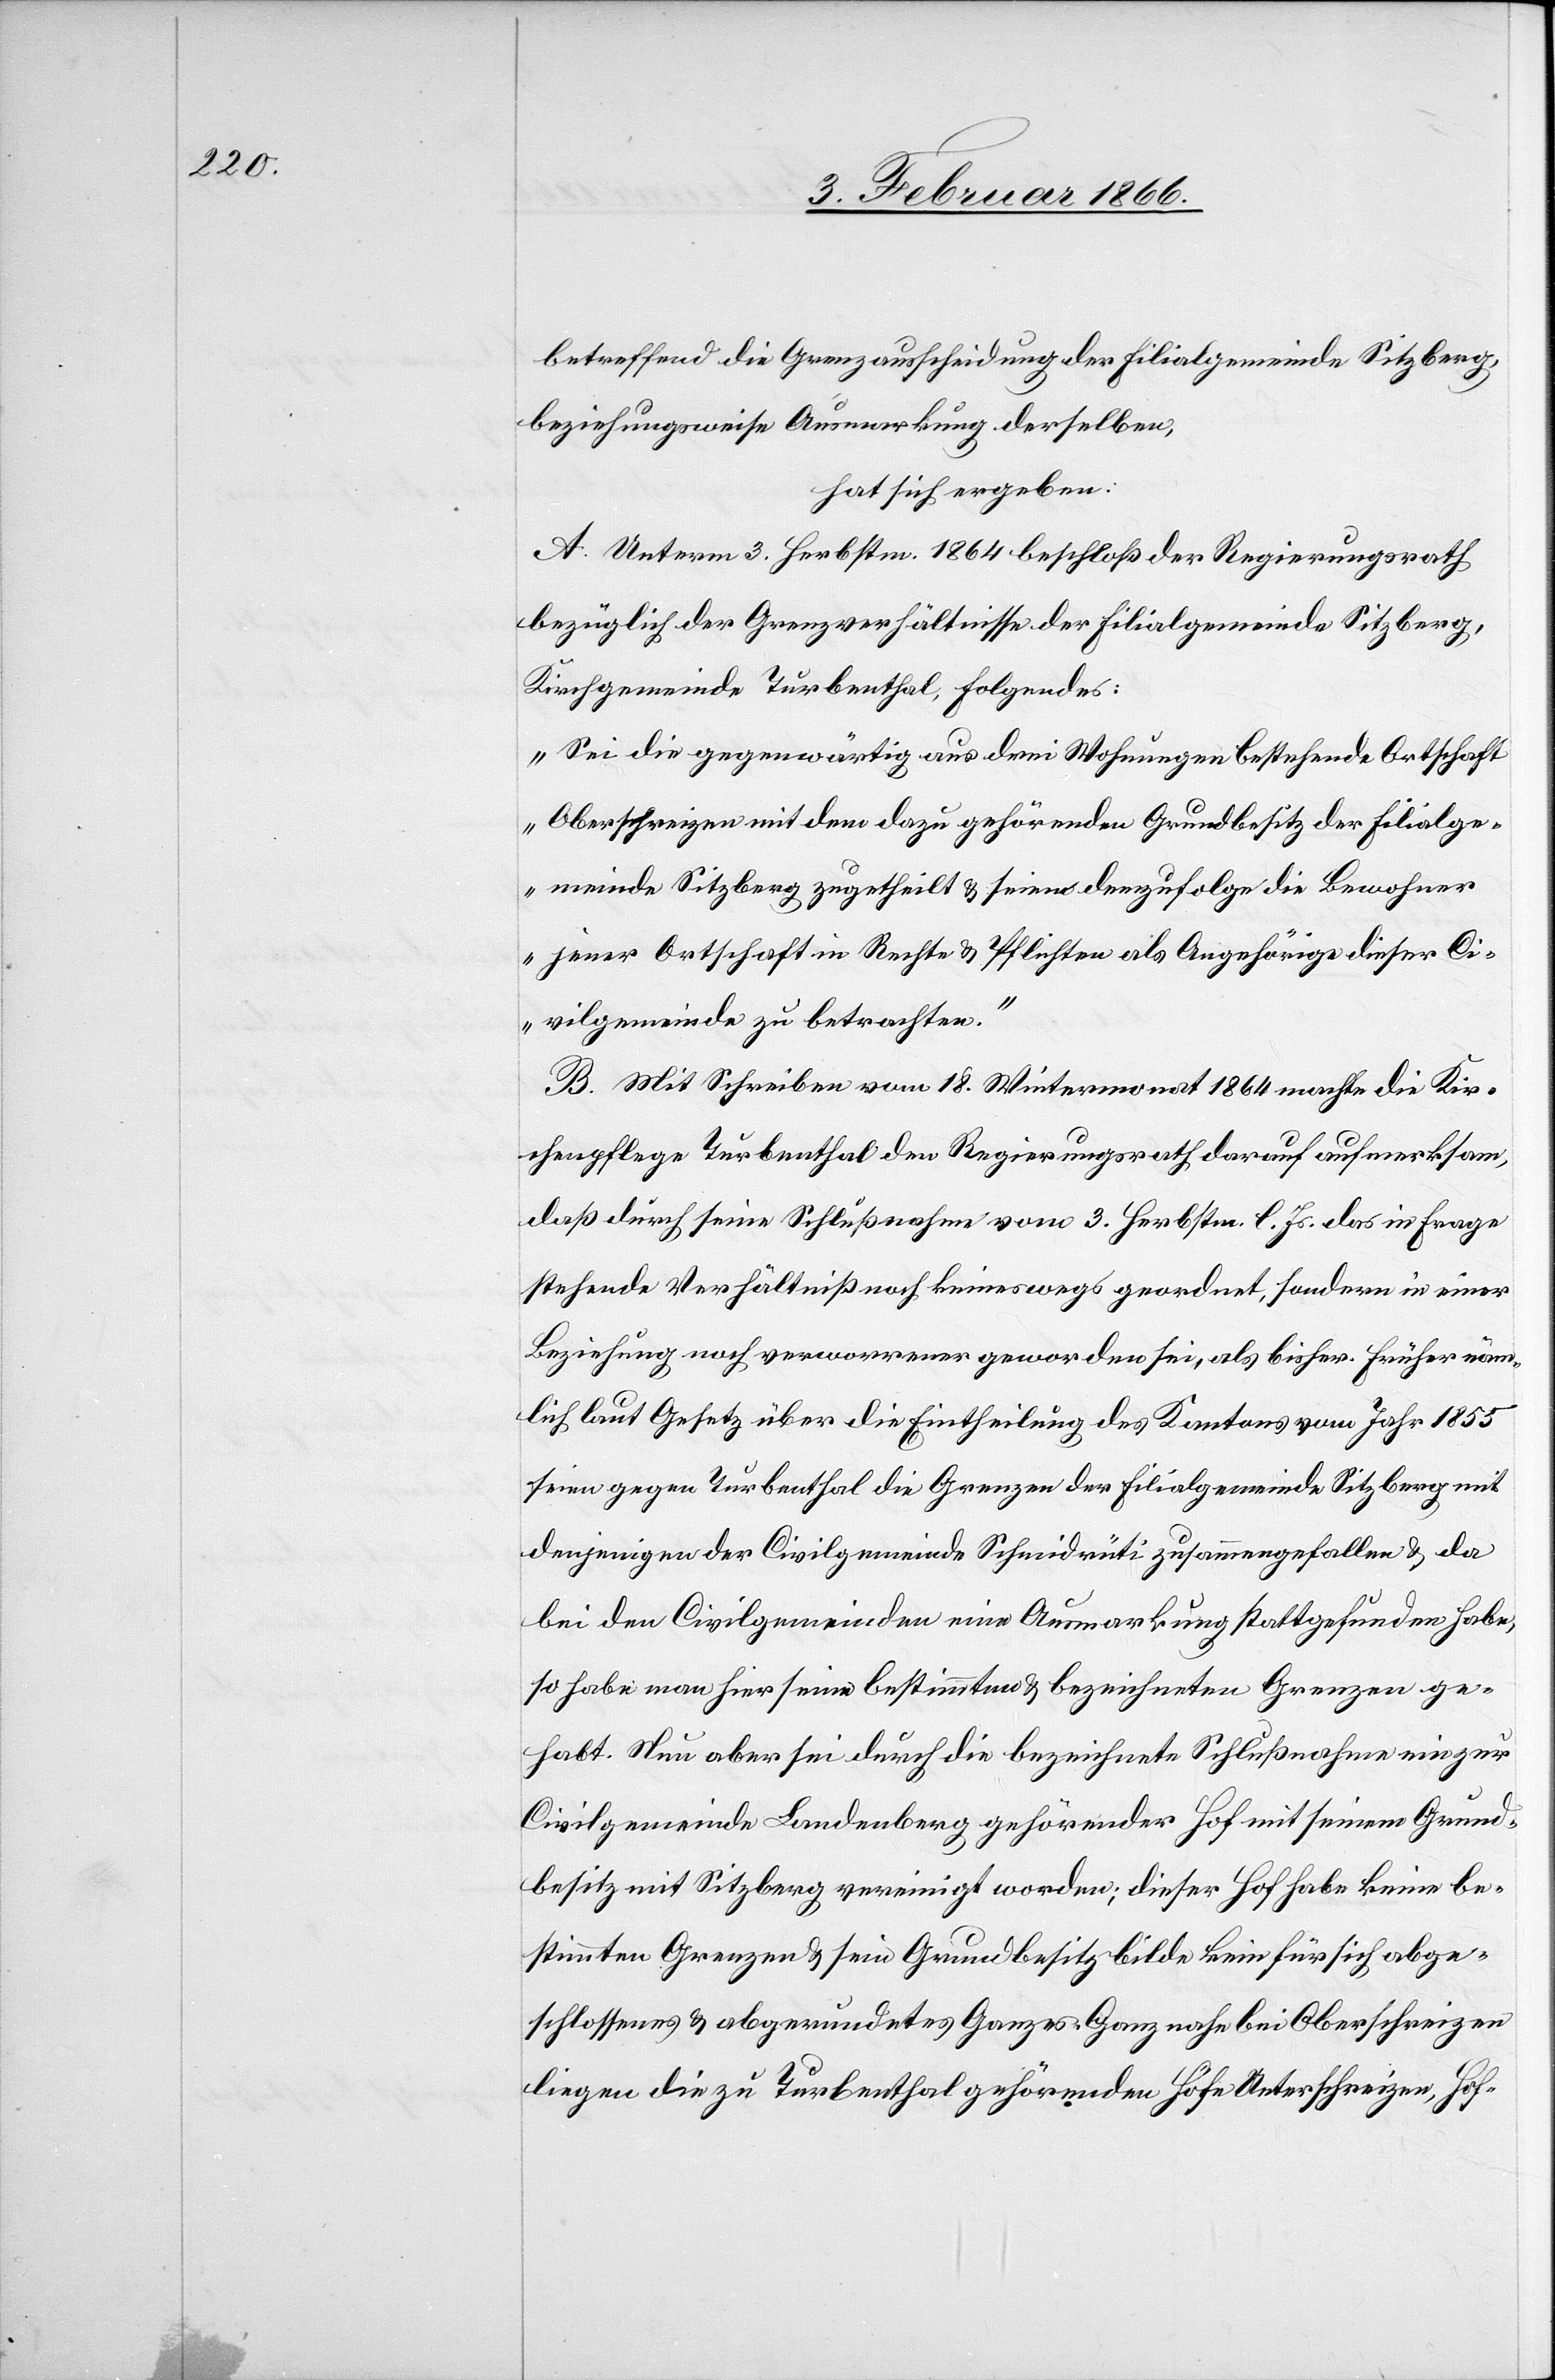
betreffend die Grenzausscheidung der Filialgemeinde Sitzberg,
beziehungsweise Ausmarkung derselben,
hat sich ergeben:
A. Unterm 3. Herbstm. 1864 beschloß der Regierungsrath
bezüglich der Grenzverhältnisse der Filialgemeinde Sitzberg,
Kirchgemeinde Turbenthal, folgendes:
„Sei die gegenwärtig aus drei Wohnungen bestehende Ortschaft
Oberschreizen mit dem dazu gehörenden Grundbesitz der Filialge¬
meinde Sitzberg zugetheilt u. seien demzufolge die Bewohner
jener Ortschaft in Rechte u. Pflichten als Angehörige dieser Ci¬
vilgemeinde zu betrachten.“
B. Mit Schreiben vom 18. Wintermonat 1864 machte die Kir¬
chenpflege Turbenthal den Regierungsrath darauf aufmerksam,
daß durch seine Schlußnahme vom 3. Herbstm. l. Js. das in Frage
stehende Verhältniß noch keineswegs geordnet, sondern in einer
Beziehung noch verworrener geworden sei, als bisher. Früher näm¬
lich laut Gesetz über die Eintheilung des Kantons vom Jahr 1855
seien gegen Turbenthal die Grenzen der Filialgemeinde Sitzberg mit
denjenigen der Civilgemeinde Schmidrüti zusammengefallen u. da
bei den Civilgemeinden eine Ausmarkung stattgefunden habe,
so habe man hier seine bestimmten u. bezeichneten Grenzen ge¬
habt. Nun aber sei durch die bezeichnete Schlußnahme ein zur
Civilgemeinde Landenberg gehörender Hof mit seinem Grund¬
besitz mit Sitzberg vereinigt worden; dieser Hof habe keine be¬
stimmten Grenzen u. sein Grundbesitz bilde kein für sich abge¬
schlossenes u. abgerundetes Ganzes. Ganz nahe bei Oberschreizen
liegen die zu Turbenthal gehörenden Höfe Unterschreizen, Hof-